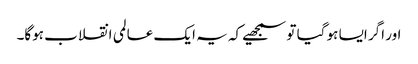
اور اگر ایسا ہو گیا تو سمجھیے کہ یہ ایک عالمی انقلاب ہوگا۔